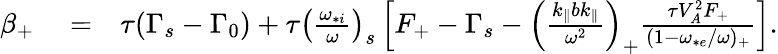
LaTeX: \begin{array}{rlr}{\beta_{+}}&{{}=}&{\tau(\Gamma_{s}-\Gamma_{0})+\tau\left(\frac{\omega_{*i}}{\omega}\right)_{s}\left[F_{+}-\Gamma_{s}-\left(\frac{k_{\parallel}bk_{\parallel}}{\omega^{2}}\right)_{+}\frac{\tau V_{A}^{2}F_{+}}{(1-\omega_{*e}/\omega)_{+}}\right].}\end{array}